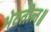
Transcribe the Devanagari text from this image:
भेटतील॥